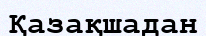
Қазақшадан